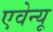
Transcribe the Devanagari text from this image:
एवेन्‍यू